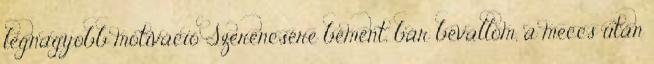
legnagyobb motiváció Szerencsére bement, bár bevallom, a meccs után